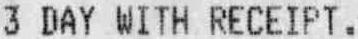
3 DAY WITH RECEIPT.